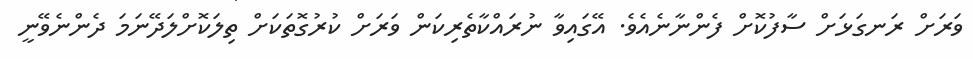
ވަރަށް ރަނގަޅަށް ސާފުކޮށް ފެންނާނެއެވެ. އޭގައިވާ ނުރައްކާތެރިކަން ވަރަށް ކުރުގޮތަކަށް ތިލަކޮށްލަދޭނަމަ ދެންނެވޭނީ